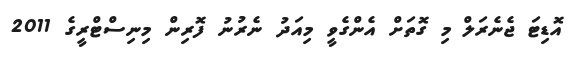
އޮޑިޓަ ޖެނެރަލް މި ގޮތަށް އެންގެވީ މިއަދު ނެރުނު ފޮރިން މިނިސްޓްރީގެ 2011